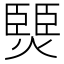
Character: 燛